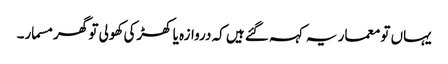
یہاں تو معمار یہ کہہ گئے ہیں کہ دروازہ یا کھڑکی کھولی تو گھر مسمار۔